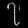
Digit: ၇